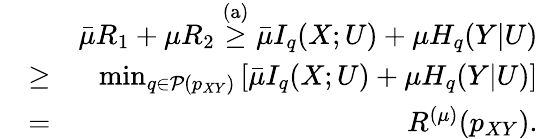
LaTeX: \begin{array}{rlr}&{}&{\bar{\mu}R_{1}+\mu R_{2}\stackrel{\mathrm{(a)}}{\geq}\bar{\mu}I_{q}(X;U)+\mu H_{q}(Y|U)}\\ &{\geq}&{\operatorname*{min}_{q\in{\cal P}(p_{XY})}\left[\bar{\mu}I_{q}(X;U)+\mu H_{q}(Y|U)\right]}\\ &{=}&{{R}^{(\mu)}(p_{XY}).}\end{array}